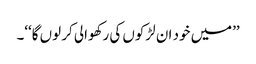
’’میں خود ان لڑکوں کی رکھوالی کر لوں گا‘‘۔